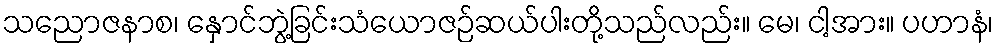
သညောဇနာစ၊ နှောင်ဘွဲ့ခြင်းသံယောဇဉ်ဆယ်ပါးတို့သည်လည်း။ မေ၊ ငါ့အား။ ပဟာနံ၊